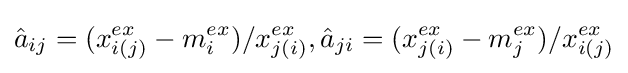
{\hat {a}}_{ij}=(x_{i(j)}^{ex}-m_{i}^{ex})/x_{j(i)}^{ex},{\hat {a}}_{ji}=(x_{j(i)}^{ex}-m_{j}^{ex})/x_{i(j)}^{ex}